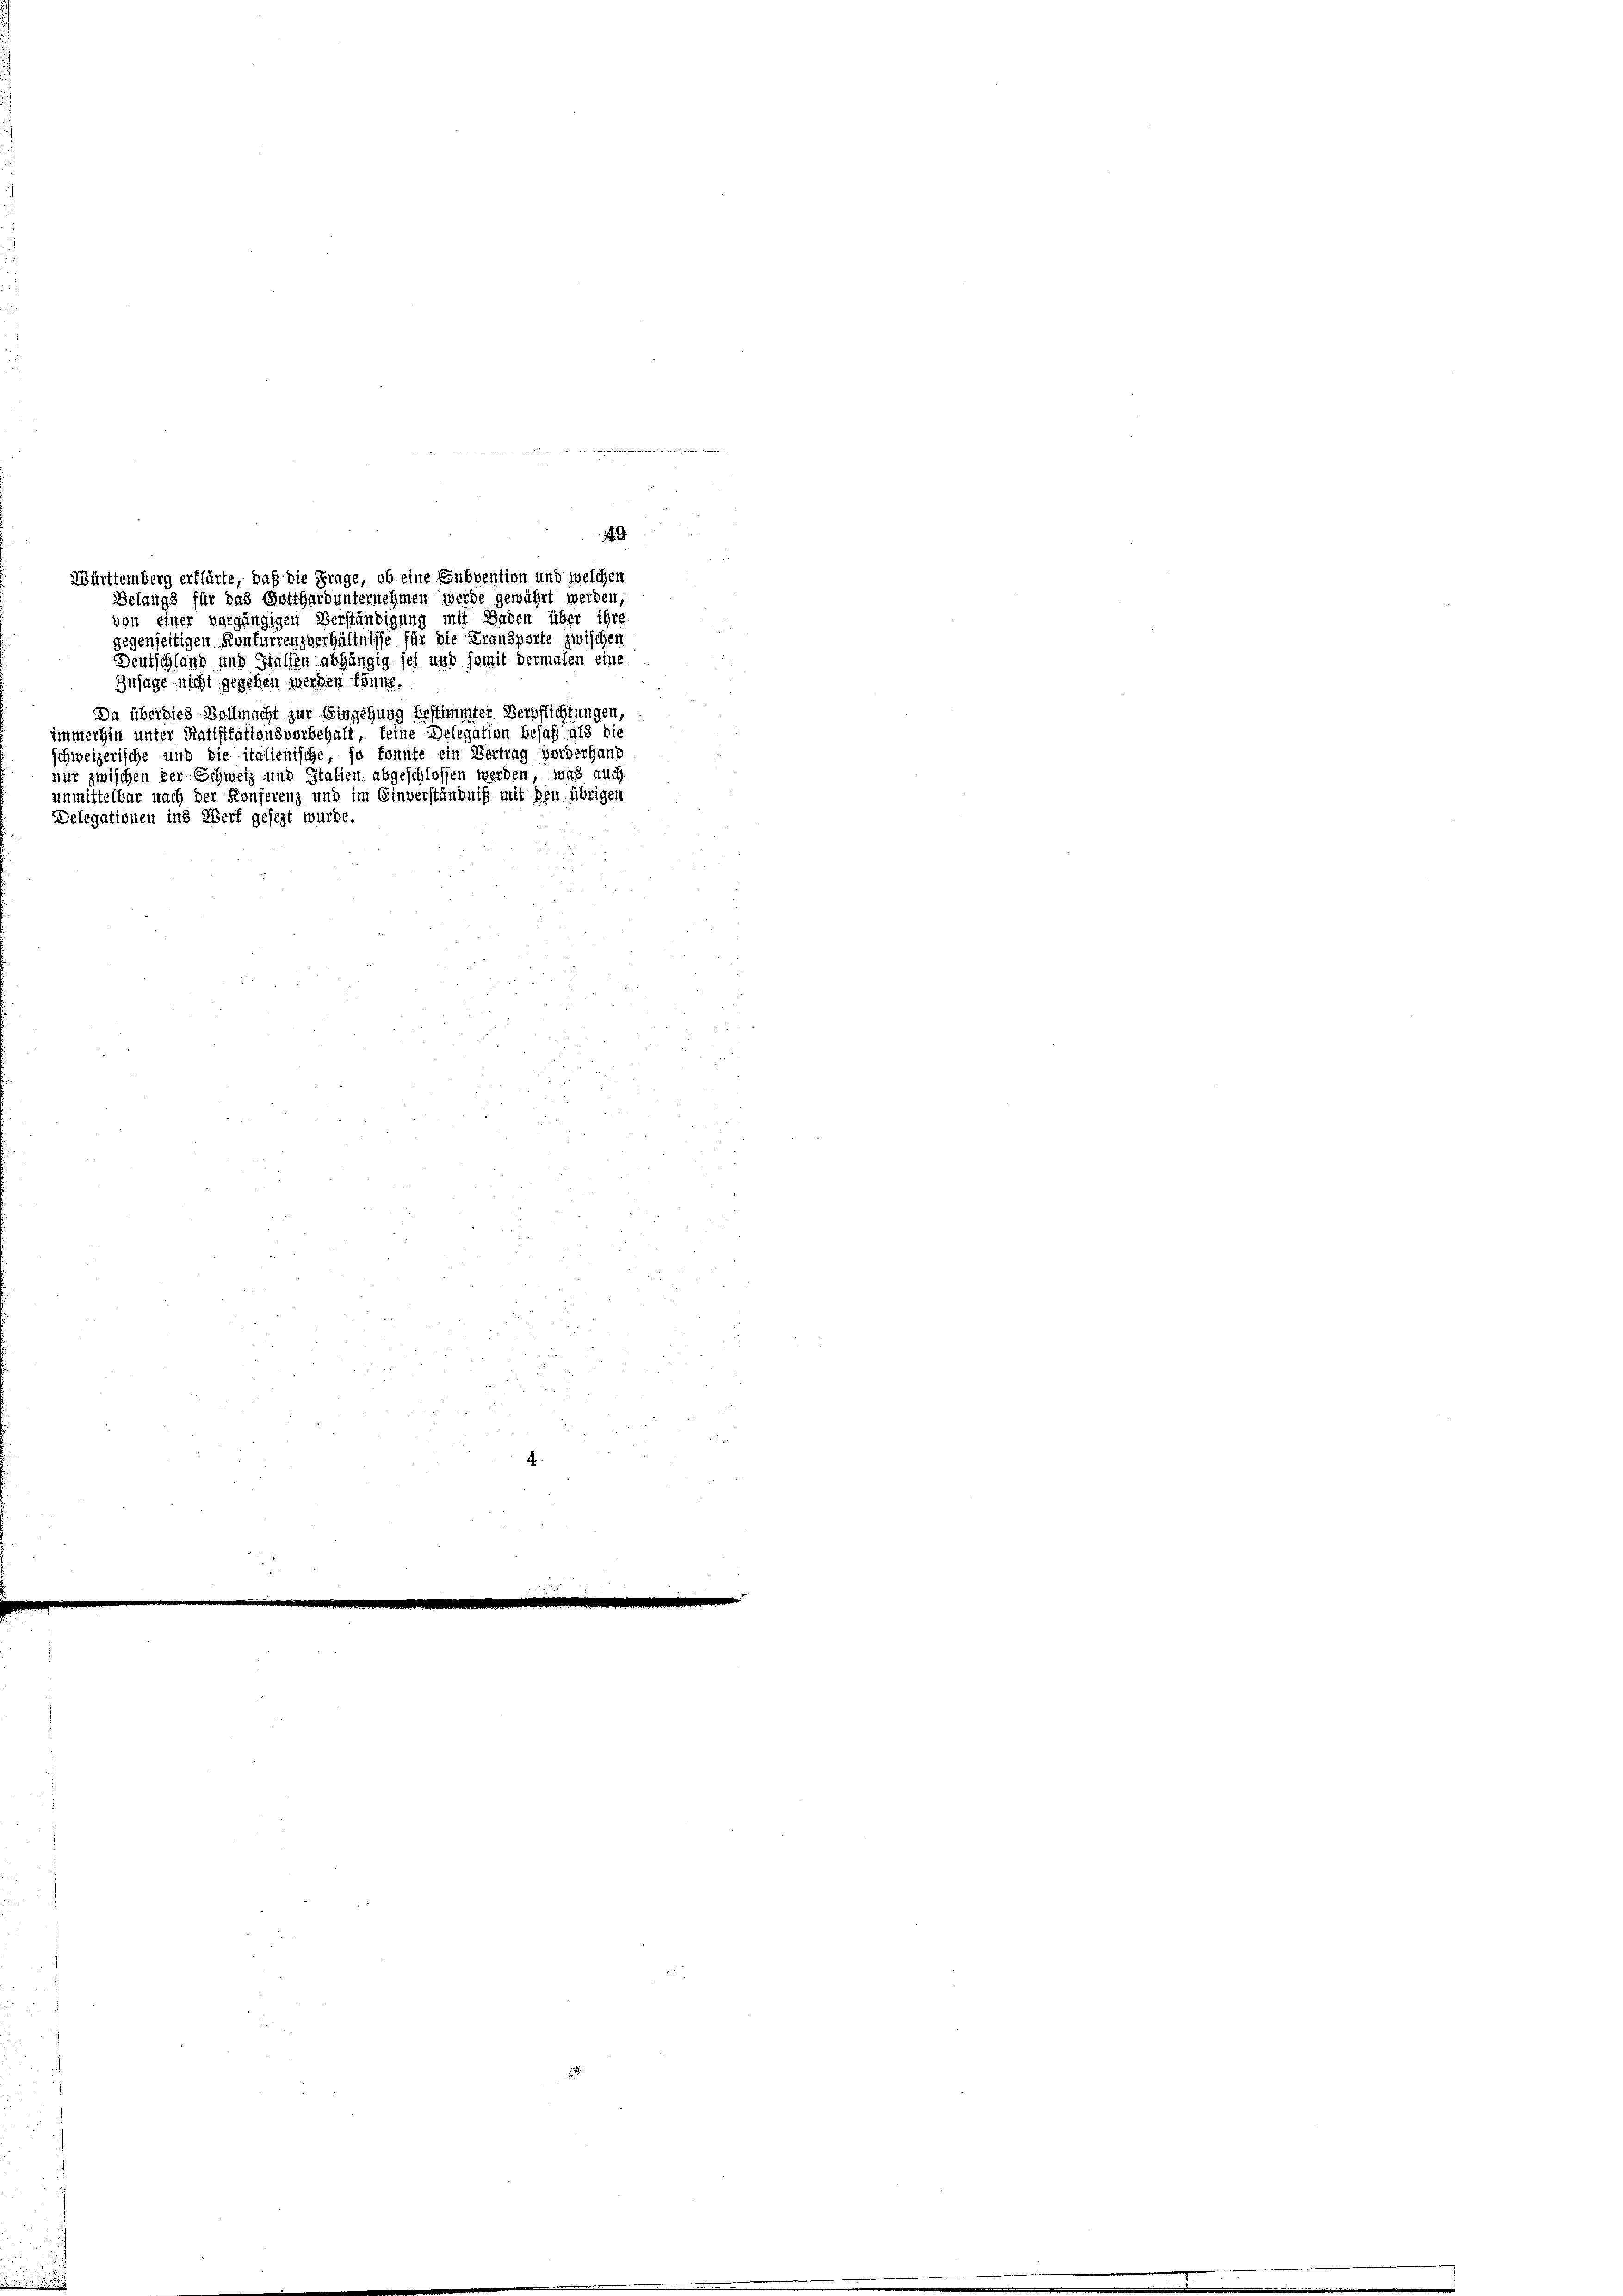
49
von einer vergängigen Verständigung mit Baden über ihre
gegenseitigen Konturrenzverhältnisse für die Fransporte zwischen
Deutschland und Italien abhängig sei und somit dermalen eine
Zusage nicht gegeben werden könne.
Da überdies Vollmacht zur Eingehung bestimmter Verpflichtungen,
immerhin unter Ratifikationsvorbehalt, feine Delegation besaß als die
schweizerische und die italienische, so konnte ein Vertrag vorderhand
nur zwischen der Schweiz und Italien abgeschlossen werden, was auc
unmittelbar nach der Konferenz und im Einverständniß mit den übrigen
Delegationen ins Wert gesezt wurde.

Württemberg erflärte, daß die Frage, ob eine Subvention und welchen
Belangs für das Gotthard unternehmen werde gewährt werden,

4